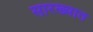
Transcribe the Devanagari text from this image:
सारख्यात